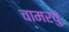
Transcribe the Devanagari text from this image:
चामरवुं